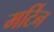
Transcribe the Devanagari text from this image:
मर्टिन